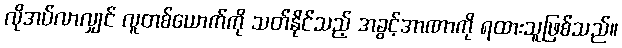
လိုအပ်လာလျှင် လူတစ်ယောက်ကို သတ်နိုင်သည့် အခွင့်အာဏာကို ရထားသူဖြစ်သည်။